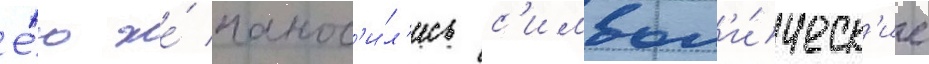
Е́ю же́ нанос'и́л'ись с'имвол'и́ческ'ие